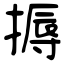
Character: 搙